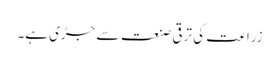
زراعت کی ترقی صنعت سے جڑی ہے۔